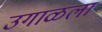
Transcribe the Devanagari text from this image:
उगाळला